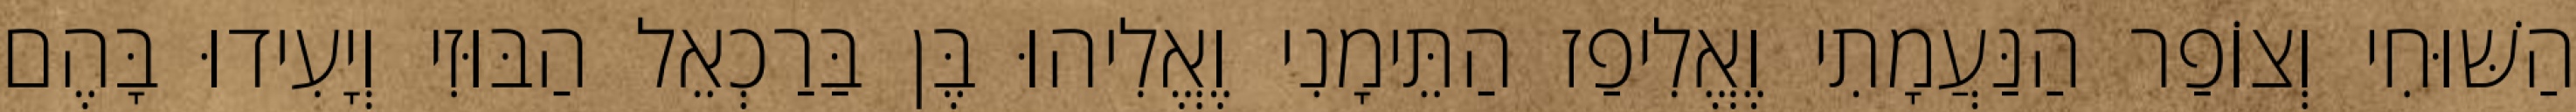
הַשּׁוּחִי וְצוֹפַר הַנַּעֲמָתִי וֶאֱלִיפַז הַתֵּימָנִי וֶאֱלִיהוּ בֶּן בַּרַכְאֵל הַבּוּזִי וְיָעִידוּ בָּהֶם